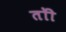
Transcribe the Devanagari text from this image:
तोी